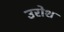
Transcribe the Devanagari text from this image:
उरोश